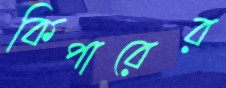
কিপারের